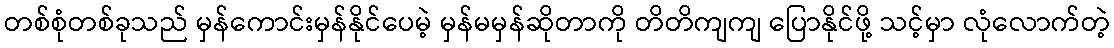
တစ်စုံတစ်ခုသည် မှန်ကောင်းမှန်နိုင်ပေမဲ့ မှန်မမှန်ဆိုတာကို တိတိကျကျ ပြောနိုင်ဖို့ သင့်မှာ လုံလောက်တဲ့